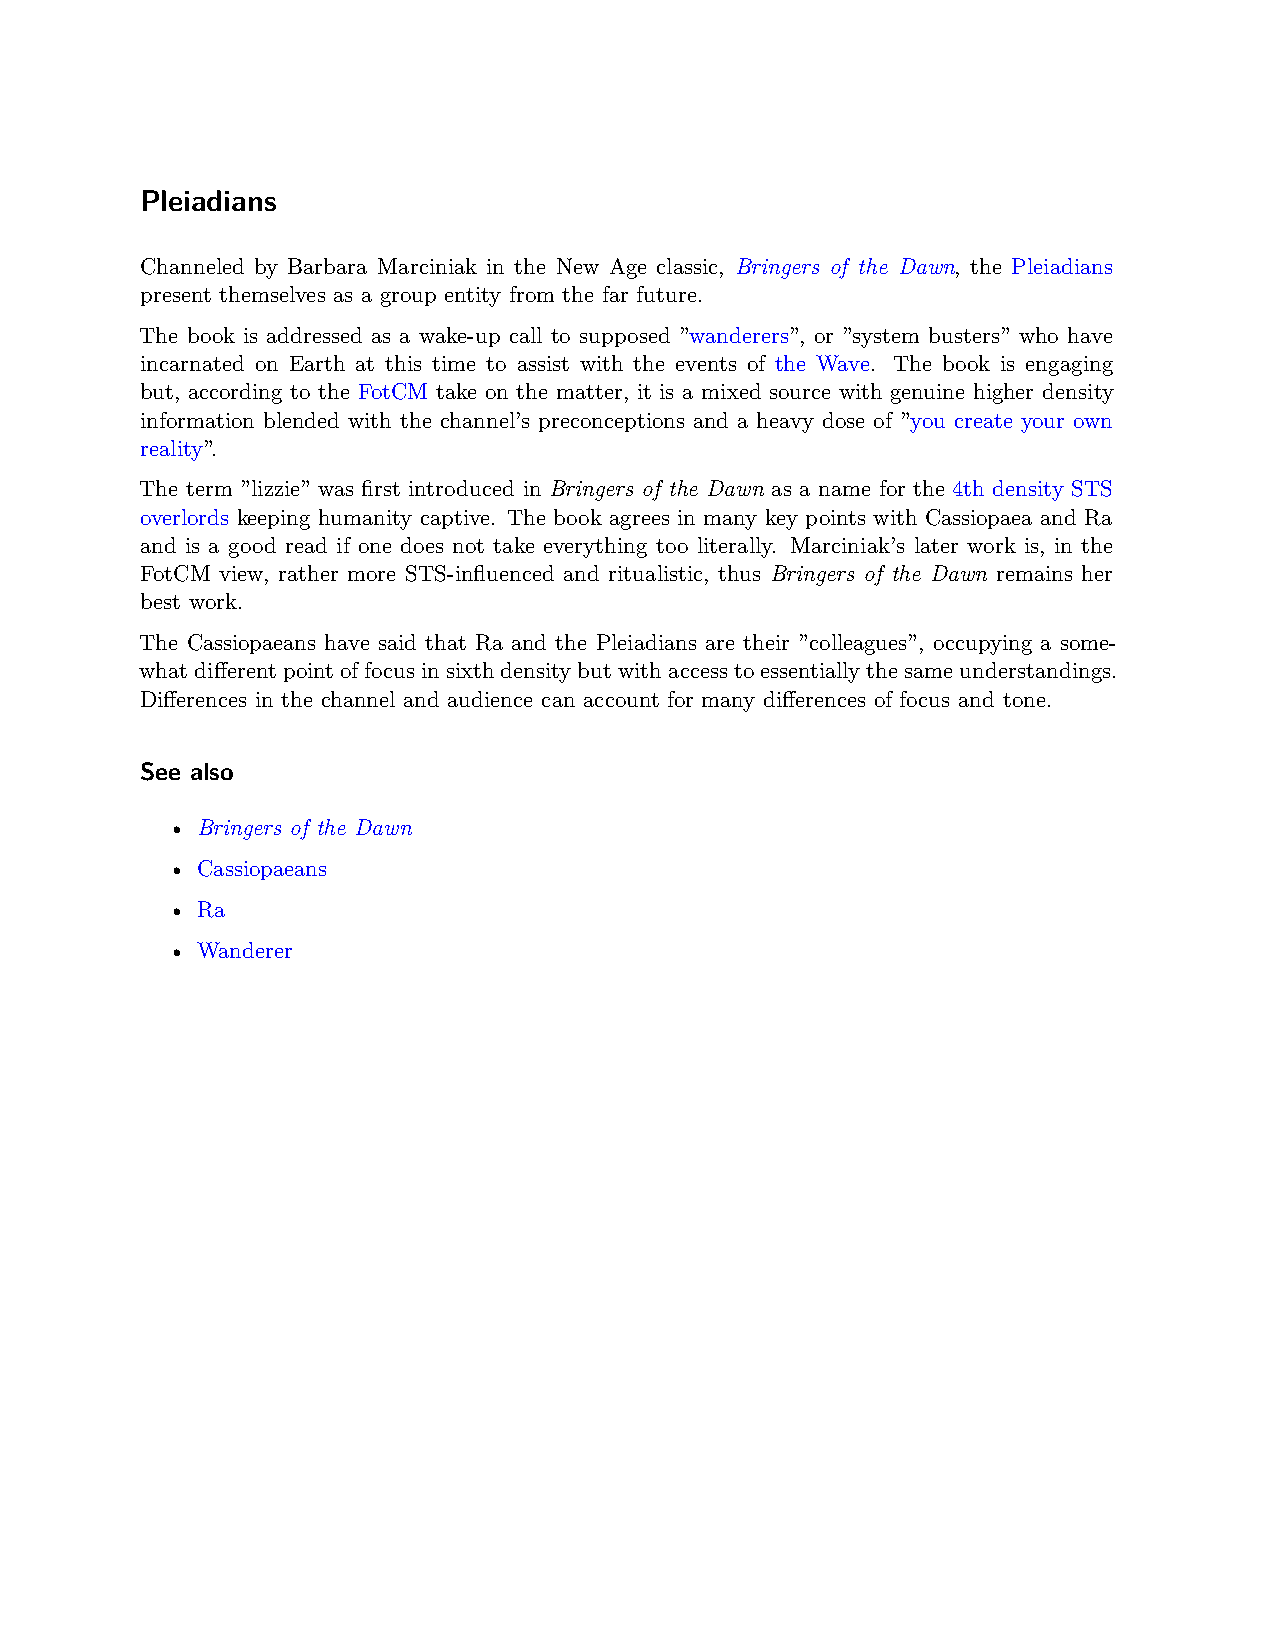
Pleiadians
 Channeled by Barbara Marciniak in the New Age classic, Bringers of the Dawn, the Pleiadians
 present themselves as a group entity from the far future.
 The book is addressed as a wake-up call to supposed ”wanderers”, or ”system busters” who have
 incarnated on Earth at this time to assist with the events of the Wave. The book is engaging
 but, according to the FotCM take on the matter, it is a mixed source with genuine higher density
 information blended with the channel’s preconceptions and a heavy dose of ”you create your own
 reality”.
 The term ”lizzie” was first introduced in Bringers of the Dawn as a name for the 4th density STS
 overlords keeping humanity captive. The book agrees in many key points with Cassiopaea and Ra
 and is a good read if one does not take everything too literally. Marciniak’s later work is, in the
 FotCM view, rather more STS-influenced and ritualistic, thus Bringers of the Dawn remains her
 best work.
 The Cassiopaeans have said that Ra and the Pleiadians are their ”colleagues”, occupying a some-
 whatdifferentpointoffocusinsixthdensitybutwithaccesstoessentiallythesameunderstandings.
 Differences in the channel and audience can account for many differences of focus and tone.
 See also
 • Bringers of the Dawn
 • Cassiopaeans
 • Ra
 • Wanderer